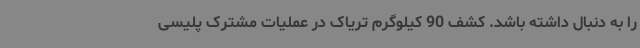
را به دنبال داشته باشد. کشف 90 کیلوگرم تریاک در عملیات مشترک پلیسی